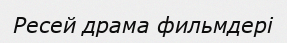
Ресей драма фильмдері